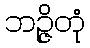
ဘဉ္ဇိတုံ